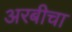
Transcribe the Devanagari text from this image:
अरबीचा